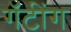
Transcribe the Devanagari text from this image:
गॅटींग